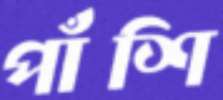
পাঁশি